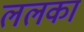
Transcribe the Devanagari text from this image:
ललका